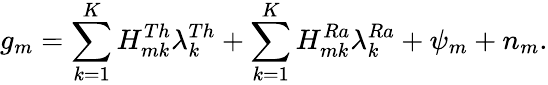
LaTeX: g_{m}=\sum_{k=1}^{K}H_{mk}^{Th}\lambda_{k}^{Th}+\sum_{k=1}^{K}H_{mk}^{Ra}\lambda_{k}^{Ra}+\psi_{m}+n_{m}.